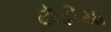
ઢૉડીયા